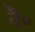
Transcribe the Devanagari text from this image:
वै०